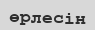
өрлесін